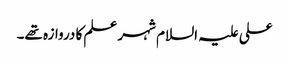
علی علیہ السلام شہر علم کا دروازہ تھے۔